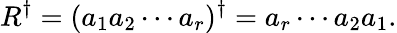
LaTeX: R^{\dagger}=(a_{1}a_{2}\cdots a_{r})^{\dagger}=a_{r}\cdots a_{2}a_{1}.